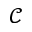
\mathcal { C }